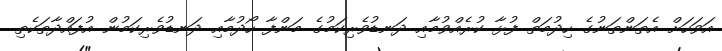
އަވަހަށް އެތަންތަނުގެ ހިދުމަތް ފުޅާ ކުރެއްވުމާއި ދަނޑުވެރިކަމުގެ މަންފާ ހޯދުމާއި ދަނޑުވެރިކަމުން އުފައްދާތަކެތި